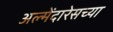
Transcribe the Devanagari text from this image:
अल्मेंदारेसच्या